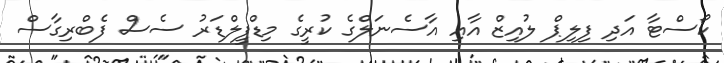
ކޯސްޓާ އަދި ފިލިޕް ލުއިޒް އާއި އާސެނަލްގެ ކުރީގެ މިޑްފީލްޑަރު ސެސް ފެބްރިގާސް